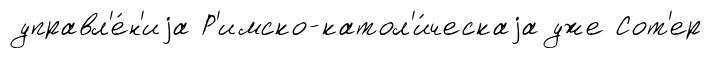
управл'е́н'иjа Р'имско-катол'и́ческаjа уже Сот'ер